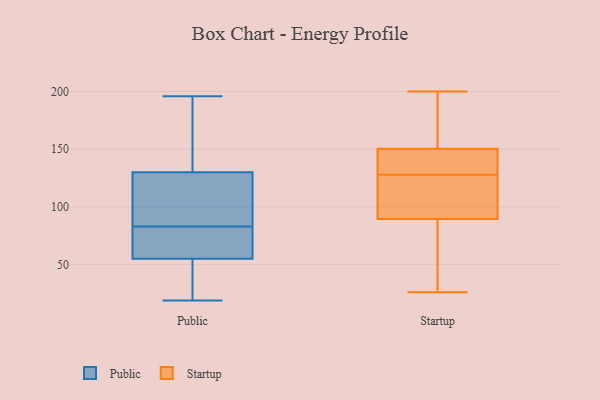
{"axis": {"x": "Market Share (%)", "y": "Value"}, "legend": ["Public", "Startup"], "data": [{"x": "", "y": 55, "type": "Public"}, {"x": "", "y": 19, "type": "Public"}, {"x": "", "y": 40, "type": "Public"}, {"x": "", "y": 184, "type": "Public"}, {"x": "", "y": 196, "type": "Public"}, {"x": "", "y": 130, "type": "Public"}, {"x": "", "y": 102, "type": "Public"}, {"x": "", "y": 60, "type": "Public"}, {"x": "", "y": 89, "type": "Public"}, {"x": "", "y": 77, "type": "Public"}, {"x": "", "y": 116, "type": "Startup"}, {"x": "", "y": 169, "type": "Startup"}, {"x": "", "y": 93, "type": "Startup"}, {"x": "", "y": 155, "type": "Startup"}, {"x": "", "y": 79, "type": "Startup"}, {"x": "", "y": 111, "type": "Startup"}, {"x": "", "y": 108, "type": "Startup"}, {"x": "", "y": 79, "type": "Startup"}, {"x": "", "y": 168, "type": "Startup"}, {"x": "", "y": 149, "type": "Startup"}, {"x": "", "y": 35, "type": "Startup"}, {"x": "", "y": 131, "type": "Startup"}, {"x": "", "y": 142, "type": "Startup"}, {"x": "", "y": 200, "type": "Startup"}, {"x": "", "y": 26, "type": "Startup"}, {"x": "", "y": 132, "type": "Startup"}, {"x": "", "y": 128, "type": "Startup"}]}